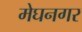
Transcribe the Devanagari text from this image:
मेघनगर